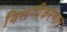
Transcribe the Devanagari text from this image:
विलगीकरणात